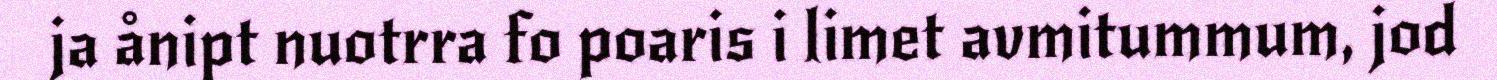
ja ånipt nuotrra fo poaris i limet avmitummum, jod